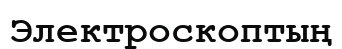
Электроскоптың